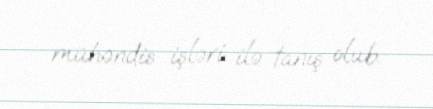
mühəndis işləri ilə tanış olub.